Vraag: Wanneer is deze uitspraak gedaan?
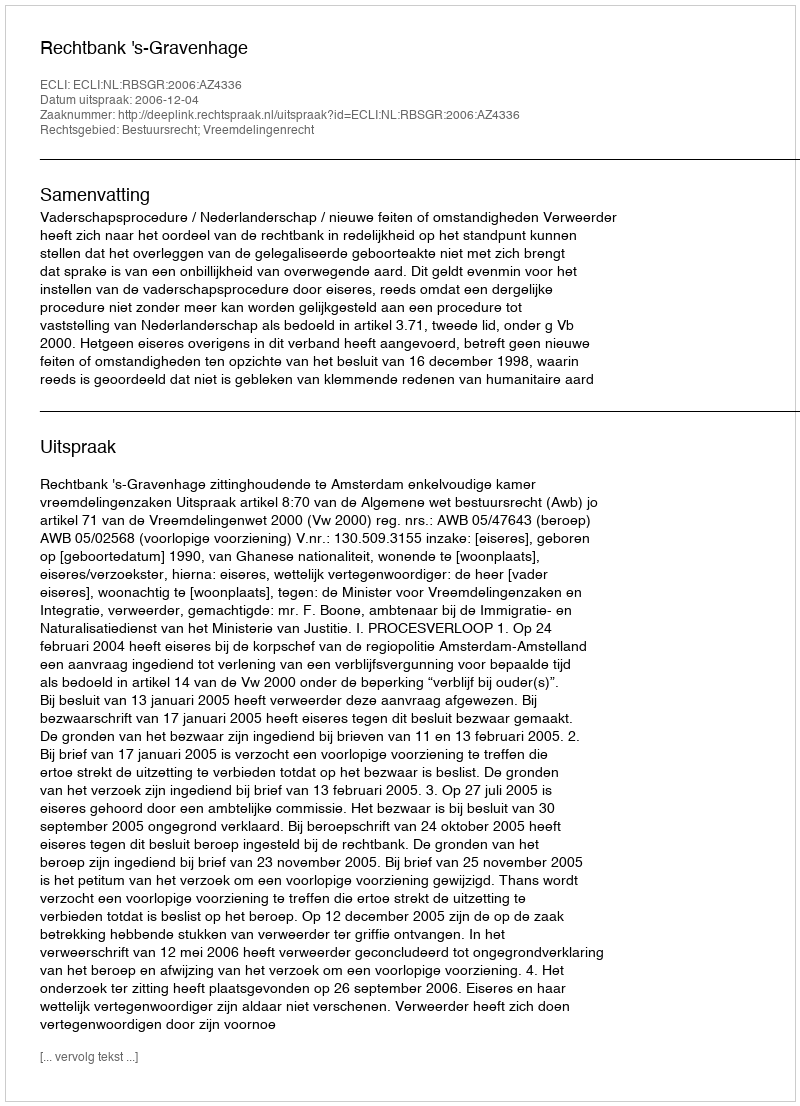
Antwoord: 2006-12-04